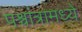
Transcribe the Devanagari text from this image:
पश्चांत्रामध्ये